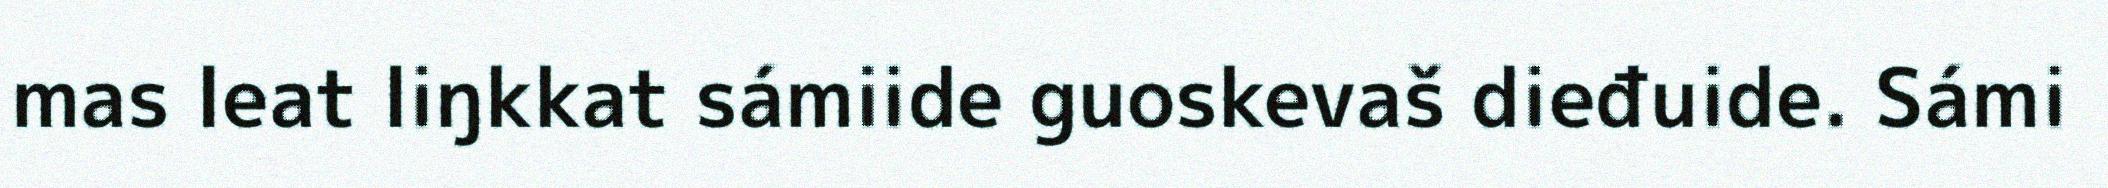
mas leat liŋkkat sámiide guoskevaš dieđuide. Sámi